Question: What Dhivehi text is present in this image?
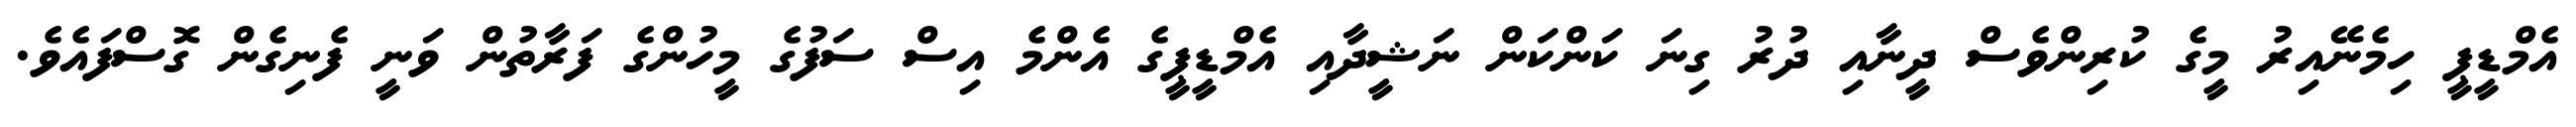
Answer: އެމްޑީޕީ ހިމެނޭއިރު މީގެ ކުރިންވެސް ދީނާއި ދުރު ގިނަ ކަންކަން ނަޝީދާއި އެމްޑީޕީގެ އެންމެ އިސް ސަފުގެ މީހުންގެ ފަރާތުން ވަނީ ފެނިގެން ގޮސްފައެވެ.